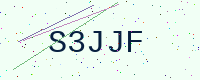
Text: S3JJF